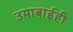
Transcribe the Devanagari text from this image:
उमाबाईही